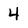
Character: 4